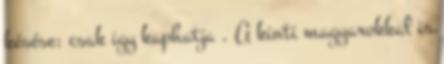
késése: csak igy kaphatja . A kinti magyarokkal is